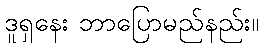
ဒူရှနေး ဘာပြောမည်နည်း။